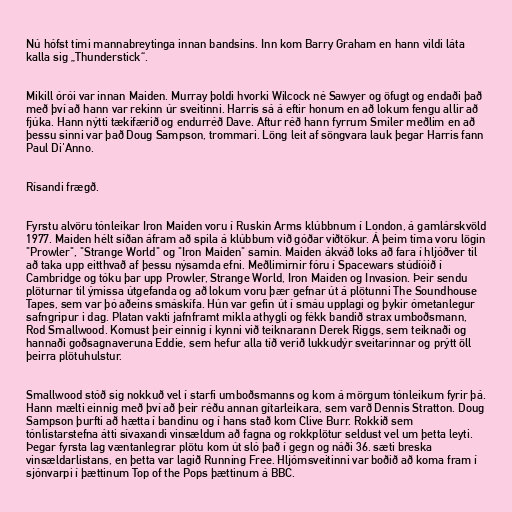
Nú hófst tími mannabreytinga innan bandsins. Inn kom Barry Graham en hann vildi láta
kalla sig „Thunderstick“.

Mikill órói var innan Maiden. Murray þoldi hvorki Wilcock né Sawyer og öfugt og endaði það
með því að hann var rekinn úr sveitinni. Harris sá á eftir honum en að lokum fengu allir að
fjúka. Hann nýtti tækifærið og endurréð Dave. Aftur réð hann fyrrum Smiler meðlim en að
þessu sinni var það Doug Sampson, trommari. Löng leit af söngvara lauk þegar Harris fann
Paul Di'Anno.

Rísandi frægð.

Fyrstu alvöru tónleikar Iron Maiden voru í Ruskin Arms klúbbnum í London, á gamlárskvöld
1977. Maiden hélt síðan áfram að spila á klúbbum við góðar viðtökur. Á þeim tíma voru lögin
"Prowler", "Strange World" og "Iron Maiden" samin. Maiden ákváð loks að fara í hljóðver til
að taka upp eitthvað af þessu nýsamda efni. Meðlimirnir fóru í Spacewars stúdíóið í
Cambridge og tóku þar upp Prowler, Strange World, Iron Maiden og Invasion. Þeir sendu
plöturnar til ýmissa útgefanda og að lokum voru þær gefnar út á plötunni The Soundhouse
Tapes, sem var þó aðeins smáskífa. Hún var gefin út í smáu upplagi og þykir ómetanlegur
safngripur i dag. Platan vakti jafnframt mikla athygli og fékk bandið strax umboðsmann,
Rod Smallwood. Komust þeir einnig í kynni við teiknarann Derek Riggs, sem teiknaði og
hannaði goðsagnaveruna Eddie, sem hefur alla tíð verið lukkudýr sveitarinnar og prýtt öll
þeirra plötuhulstur.

Smallwood stóð sig nokkuð vel í starfi umboðsmanns og kom á mörgum tónleikum fyrir þá.
Hann mælti einnig með því að þeir réðu annan gítarleikara, sem varð Dennis Stratton. Doug
Sampson þurfti að hætta í bandinu og í hans stað kom Clive Burr. Rokkið sem
tónlistarstefna átti sívaxandi vinsældum að fagna og rokkplötur seldust vel um þetta leyti.
Þegar fyrsta lag væntanlegrar plötu kom út sló það í gegn og náði 36. sæti breska
vinsældarlistans, en þetta var lagið Running Free. Hljómsveitinni var boðið að koma fram í
sjónvarpi í þættinum Top of the Pops þættinum á BBC.